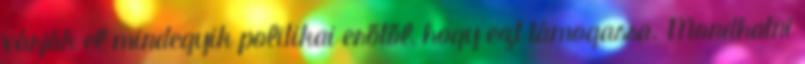
várják el mindegyik politikai erőtől, hogy ezt támogassa. Mondhatni